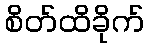
စိတ်ထိခိုက်